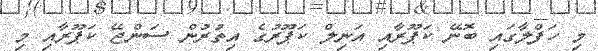
މި ހަފްލާގައި ބޮނޭ ކަޕޫރާއި އަނިލް ކަޕޫރުގެ އިތުރުން ސަންޖޭ ކަޕޫރާއި މި